Plague in India, 1896, 1897 - Volume 1
Year: 1896
Disease focus: Plague
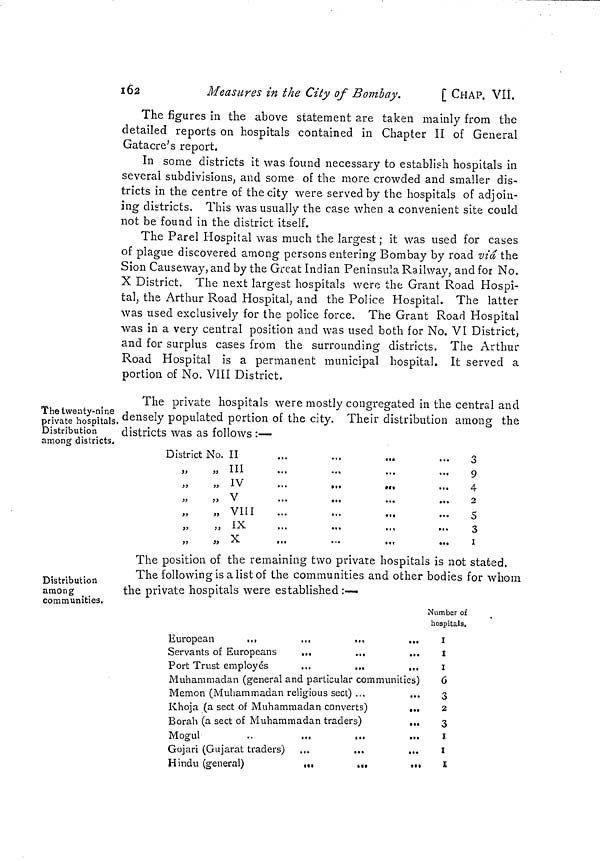
162
Measures in the City of Bombay.
[ CHAP. VII.
The figures in the above statement are taken mainly from the
detailed reports on hospitals contained in Chapter II of General
Gatacre's report.
In some districts it was found necessary to establish hospitals in
several subdivisions, and some of the more crowded and smaller dis-
tricts in the centre of the city were served by the hospitals of adjoin-
ing districts. This was usually the case when a convenient site could
not be found in the district itself.
The Parel Hospital was much the largest ; it was used for cases
of plague discovered among persons entering Bombay by road -viâ the
Sion Causeway, and by the Great Indian Peninsula Railway, and for No.
X District. The next largest hospitals were the Grant Road Hospi-
tal, the Arthur Road Hospital, and the Police Hospital. The latter
was used exclusively for the police force. The Grant Road Hospital
was in a very central position and was used both for No. VI District,
and for surplus cases from the surrounding districts. The Arthur
Road Hospital is a permanent municipal hospital. It served a
portion of No. VIII District.
The twenty-nine
private hospitals.
Distribution
among districts.
The private hospitals were mostly congregated in the central and
densely populated portion of the city. Their distribution among the
districts was as follows :—
District No. II
„ ,, III
„ IV
» v
„ VIII
...
„
,,
IX
„
„ X ...
3
9
4
».
...
...
2
5
3
...
1
Distribution
among
communities.
The position of the remaining two private hospitals is not stated.
The following is a list of the communities and other bodies for whom
the private hospitals were established:—
European
...
...
...
...
Servants of Europeans
...
...
...
Port Trust employés
...
...
...
Muhammadan (general and particular communities)
Memon (Muhammadan religious sect) ...
Khoja (a sect of Muhammadan converts)
...
Borah (a sect of Muhammadan traders)
...
Mogul
..
...
Gojari (Gujarat traders) ...
...
...
Hindu (general) ... ...
Number of
hospitals.
I
I
I
6
3
2
3
I
I
>
S